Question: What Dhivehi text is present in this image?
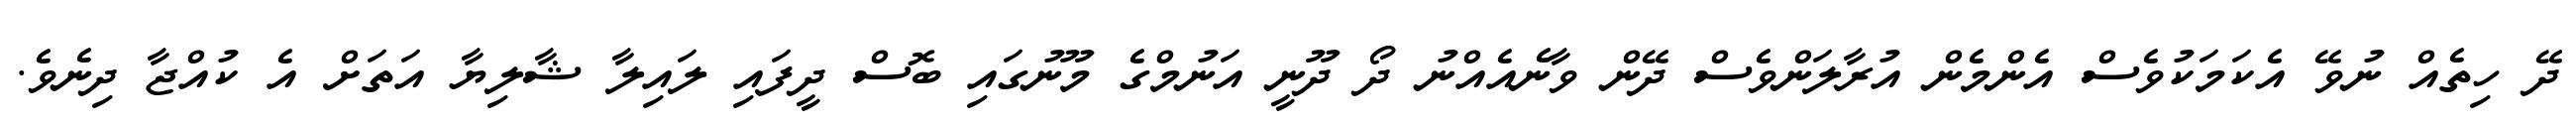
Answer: ދޭ ހިތެއް ނުވޭ އެކަމަކުވެސް އެންމެން އުރާލަންވެސް ދޭން ވާނެއެއްނު ދޯ ދޫނީ އަނުމްގެ މޫނުގައި ބޮސް ދީފައި ލައިލާ ޝާލިޔާ އަތަށް އެ ކުއްޖާ ދިނެވެ.